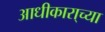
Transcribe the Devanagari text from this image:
आधीकारा्च्या